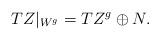
LaTeX: \begin{align*}TZ|_{W^g}=TZ^g\oplus N.\end{align*}